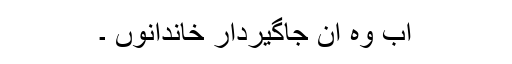
اب وہ ان جاگیردار خاندانوں ۔